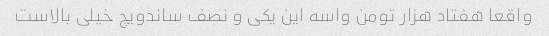
واقعا هفتاد هزار تومن واسه این یکی و نصف ساندویچ خیلی بالاست